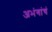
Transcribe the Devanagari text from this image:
अभंगांचं